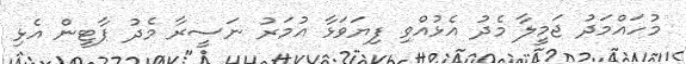
މުހައްމަދު ޖަމީލާ މެދު އެޅުއްވި ފިޔަވަޅާ އުމަރު ނަސީރާ މެދު ޕާޓީން އެޅި